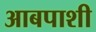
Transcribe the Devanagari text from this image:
आबपाशी